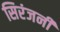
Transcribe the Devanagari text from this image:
सिरंजनी